King Institute of Preventive Medicine Micro-Biological Section reports 1912-19
Year: 1912
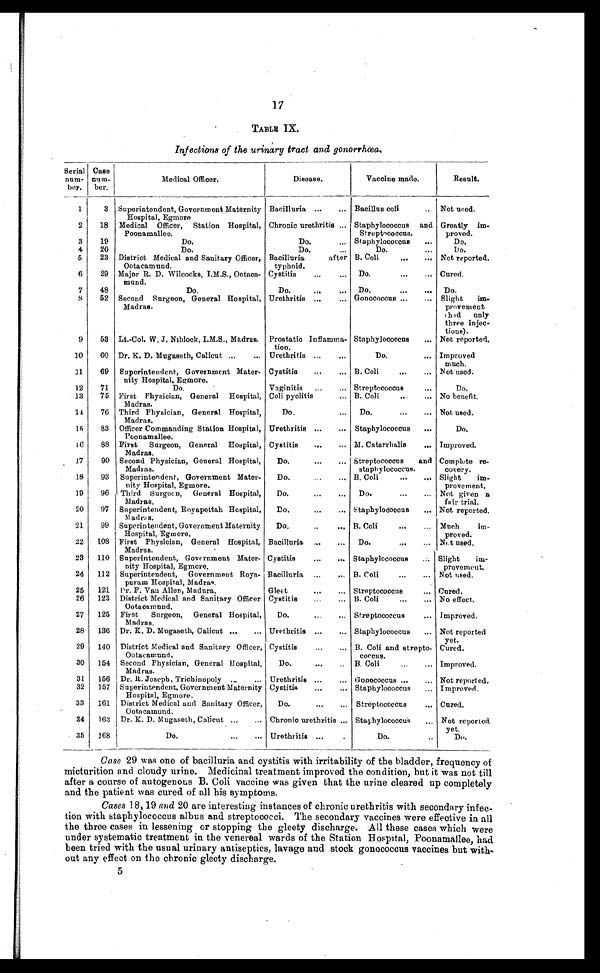
17
TABLE IX.
Infections of the urinary tract and gonorrhœa.
Serial
num-
ber.
Case
num-
ber.
Medical Officer.
Disease.
Vaccine made.
Result.
1
3 Superintendent, Government Maternity
Hospital, Egmore
Bacilluria . . . Ba c i l l u s c o l i . . .
Not used.
2
18 Medical Officer, Station Hospital,
Poonamallee.
Chronic urethritis . . . Staphylococcus and
Streptococcus.
Greatly im-
proved.
3
19
Do.
Do. . . . Staphylococcus . . .
Do.
4
20
Do.
Do. . . .
Do. . . .
Do.
5
23 District Medical and Sanitary Officer,
Ootacamund.
Bacilluria after
typhoid.
B. Coli . . . Not reported.
6
29 Major R. D. Wilcocks, I.M.S., Ootaca-
mund.
Cystitis . . . Do. . . . Cured.
7
48
Do.
Do. . . . Do. . . . Do.
8
52 Second Surgeon, General Hospital,
Madras.
Urethritis . . . Gonococcus . . . Slight im
-
provement
thad only
three injec
-
tions).
9
53 Lt.-Col. W. J. Niblock, I.M.S., Madras. Prostatic Inflamma-
tion.
Staphylococcus . . . Not reported.
10
60 Dr. K. D. Mugaseth, Calicut . . . Urethritis . . .
Do. . . . Improved
much.
11
69 Superintendent, Government Mater-
nity Hospital, Egmore.
Cystitis . . . B. Coli . . . Not used.
12
71
Do.
Vaginitis . . . Streptococcus . . .
Do.
13
75 First Physician, General Hospital,
Madras.
Coli pyelitis . . . B. Coli . . . No benefit.
14
76 Third Physician, General Hospital,
Madras.
Do. . . . Do. . . . Not used.
15
83 Officer Commanding Station Hospital,
Poonamallee.
Urethritis . . . Staphylococcus . . .
Do.
t 6
88 First Surgeon, General Hospital,
Madras.
Cystitis . . . M. Catarrhalis . . . Improved.
17
90 Second Physician, General Hospital,
Madras.
Do. . . . Streptococcus and
staphylococcus.
Complete re
-
covery.
18
93 Superintendent, Government Mater-
nity Hospital, Egmore.
Do. . . . B. Coli . . . Slight i
m-
provement.
19
96 Third Surgeon, General Hospital,
Madras.
D o . . . .
D o . . . . Not given a
fair trial.
20
97 Superintendent, Royapettah Hospital,
Madras.
Do. . . . Staphylococcus . . . Not reported.
21
99 Superintendent, Government Maternity
Hospital, Egmore.
Do. . . . B. Coli . . . Much im-
proved.
22
108 First Physician, General Hospital,
Madras.
Bacilluria . . . Do. . . . Not used.
23 110 Superintendent, Government Mater-
nity Hospital, Egmore.
Cystitis . . . Staphylococcus . . . Slight i
m-
provement.
24 112 Superintendent, Government Roya-
puram Hospital, Madras.
Bacilluria . . . B. Coli . . . Not used.
25 121
Dr. F. Van Allen, Madura.
Gleet . . . Streptococcus . . . Cured.
26 123 District Medical and Sanitary Officer
Ootacamund.
Cystitis . . . B. Coli . . . No effect.
27 125 First Surgeon, General Hospital,
Madras.
Do. . . . Streptococcus . . . Improved.
28 136 Dr. K. D. Mugaseth, Calicut . . . Urethritis . . . Staphylococcus . . . Not reported
yet.
29 140 District Medical and Sanitary Officer,
Ootacamund.
Cystitis . . . B. Coll and strepto
coccus.
Cured.
30 154 Second Physician, General Hospital,
Madras.
Do. . . . B. Coli . . . Improved.
31
156 Dr. R. Joseph, Trichinopoly . . . Urethritis . . . Gonococcus . . . Not reported.
32 157 Superintendent, Government Maternity
Hospital, Egmore.
Cystitis . . . Staphylococcus . . . Improved.
33 161 District Medical and Sanitary Officer,
Ootacamund.
Do. . . . Streptococcus . . . Cured.
34
163 Dr. K. D. Mugaseth, Calicut . . . Chronic urethritis . . . Staphylococcus . . . Not reported
yet.
35 168
Do. . . . Urethritis . . .
Do. . . .
Do.
Case 29 was one of bacilluria and cystitis with irritability of the bladder, frequency of
micturition and cloudy urine. Medicinal treatment improved the condition, but it was not till
after a course of autogenous B. Coli vaccine was given that the urine cleared up completely
and the patient was cured of all his symptoms.
Cases 18,19 and 20 are interesting instances of chronic urethritis with secondary infec
-tion with staphylococcus albus and streptococci. The secondary vaccines were effective in all
the three cases in lessening or stopping the gleety discharge. All these cases which were
under systematic treatment in the venereal wards of the Station Hospital, Poonamallee, had
been tried with the usual urinary antiseptics, lavage and stock gonococcus vaccines but with
-out any effect on the chronic gleety discharge.
5